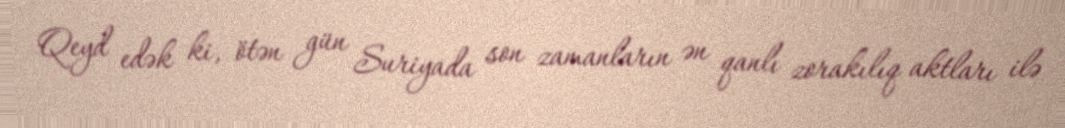
Qeyd edək ki, ötən gün Suriyada son zamanların ən qanlı zorakılıq aktları ilə